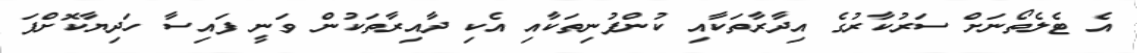
އެ ޓެލެތޯނަށް ސަރުކާރުގެ އިދާރާތަކާއި ކުންފުނިތަކާއި އެކި ދާއިރާތަކުން ވަނީ ފައިސާ ހަދިޔާކޮށްފަ